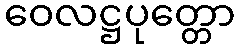
ဝေလဋ္ဌပုတ္တော